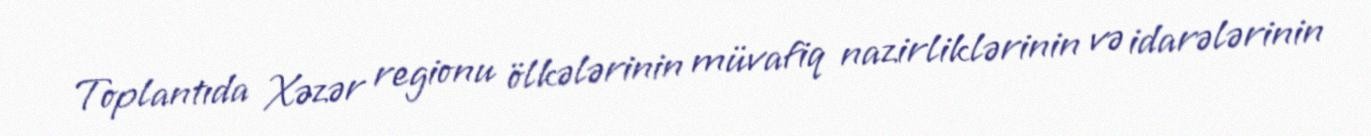
Toplantıda Xəzər regionu ölkələrinin müvafiq nazirliklərinin və idarələrinin